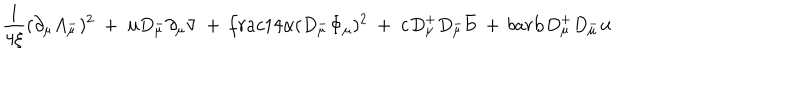
\frac { 1 } { 4 \xi } ( \partial _ { \mu } A _ { \mu } ^ { - } ) ^ { 2 } \ + \ { \bf u } D _ { \mu } ^ { - } \partial _ { \mu } \bar { \bf v } \ + \, \frac { 1 } { 4 \alpha } ( D _ { \mu } ^ { - } \Phi _ { \mu } ) ^ { 2 } \ + \ { \bf c } D _ { \mu } ^ { + } D _ { \mu } ^ { - } \bar { \bf b } \ + \, b a r { \bf b } D _ { \mu } ^ { + } D _ { \mu } ^ { - } { \bf u }